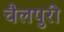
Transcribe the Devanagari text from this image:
चैलपुरी